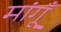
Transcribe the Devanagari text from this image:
मांगूँ